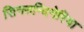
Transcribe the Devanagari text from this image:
सिनरुन्दिनेरिया